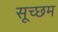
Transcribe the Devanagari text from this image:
सूच्‍छम